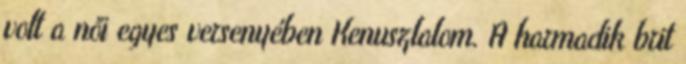
volt a női egyes versenyében Kenuszlalom. A harmadik brit